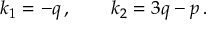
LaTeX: k _ { 1 } = - q \, , \qquad k _ { 2 } = 3 q - p \, .